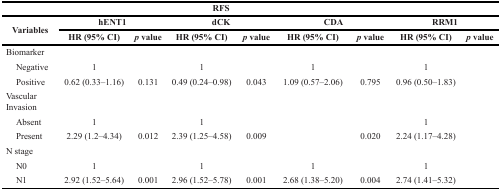
<table><thead><tr><td>[EMPTY_CELL]</td><td>[EMPTY_CELL]</td><td>[EMPTY_CELL]</td><td colspan="2"><b>RFS</b></td><td>[EMPTY_CELL]</td><td>[EMPTY_CELL]</td><td>[EMPTY_CELL]</td><td>[EMPTY_CELL]</td></tr><tr><td rowspan="2"><b>Variables</b></td><td colspan="2"><b>hENT1</b></td><td colspan="2"><b>dCK</b></td><td colspan="2"><b>CDA</b></td><td colspan="2"><b>RRM1</b></td></tr><tr><td><b>HR (95% CI)</b></td><td><b><i>p</i> value</b></td><td><b>HR (95% CI)</b></td><td><b><i>p</i> value</b></td><td><b>HR (95% CI)</b></td><td><b><i>p</i> value</b></td><td><b>HR (95% CI)</b></td><td><b><i>p</i> value</b></td></tr></thead><tbody><tr><td>Biomarker</td><td>[EMPTY_CELL]</td><td>[EMPTY_CELL]</td><td>[EMPTY_CELL]</td><td>[EMPTY_CELL]</td><td>[EMPTY_CELL]</td><td>[EMPTY_CELL]</td><td>[EMPTY_CELL]</td><td>[EMPTY_CELL]</td></tr><tr><td> Negative</td><td>1</td><td>[EMPTY_CELL]</td><td>1</td><td>[EMPTY_CELL]</td><td>1</td><td>[EMPTY_CELL]</td><td>1</td><td>[EMPTY_CELL]</td></tr><tr><td> Positive</td><td>0.62 (0.33–1.16)</td><td>0.131</td><td>0.49 (0.24–0.98)</td><td>0.043</td><td>1.09 (0.57–2.06)</td><td>0.795</td><td>0.96 (0.50–1.83)</td><td>[EMPTY_CELL]</td></tr><tr><td>Vascular Invasion</td><td>[EMPTY_CELL]</td><td>[EMPTY_CELL]</td><td>[EMPTY_CELL]</td><td>[EMPTY_CELL]</td><td>[EMPTY_CELL]</td><td>[EMPTY_CELL]</td><td>[EMPTY_CELL]</td><td>[EMPTY_CELL]</td></tr><tr><td> Absent</td><td>1</td><td>[EMPTY_CELL]</td><td>1</td><td>[EMPTY_CELL]</td><td>[EMPTY_CELL]</td><td>[EMPTY_CELL]</td><td>1</td><td>[EMPTY_CELL]</td></tr><tr><td> Present</td><td>2.29 (1.2–4.34)</td><td>0.012</td><td>2.39 (1.25–4.58)</td><td>0.009</td><td>[EMPTY_CELL]</td><td>0.020</td><td>2.24 (1.17–4.28)</td><td>[EMPTY_CELL]</td></tr><tr><td>N stage</td><td>[EMPTY_CELL]</td><td>[EMPTY_CELL]</td><td>[EMPTY_CELL]</td><td>[EMPTY_CELL]</td><td>[EMPTY_CELL]</td><td>[EMPTY_CELL]</td><td>[EMPTY_CELL]</td><td>[EMPTY_CELL]</td></tr><tr><td> N0</td><td>1</td><td>[EMPTY_CELL]</td><td>1</td><td>[EMPTY_CELL]</td><td>1</td><td>[EMPTY_CELL]</td><td>1</td><td>[EMPTY_CELL]</td></tr><tr><td> N1</td><td>2.92 (1.52–5.64)</td><td>0.001</td><td>2.96 (1.52–5.78)</td><td>0.001</td><td>2.68 (1.38–5.20)</td><td>0.004</td><td>2.74 (1.41–5.32)</td><td>[EMPTY_CELL]</td></tr></tbody></table>